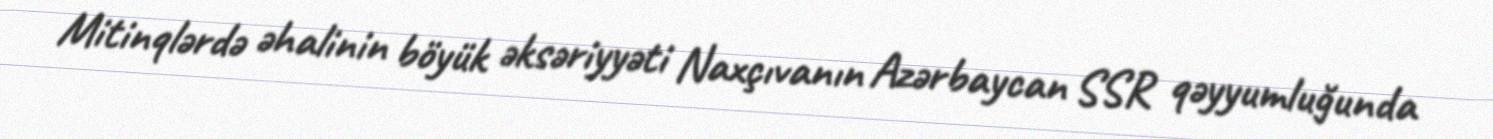
Mitinqlərdə əhalinin böyük əksəriyyəti Naxçıvanın Azərbaycan SSR qəyyumluğunda